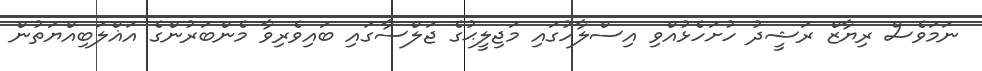
ނަމަވެސް ރިޔާޒް ރަޝީދު ހުށަހެޅުއްވި އިސްލާހުގައި މަޖިލީޙުގެ ޖަލްސާގައި ބައިވެރިވާ މެންބަރުންގެ އަޣްލަބިއްޔަތުން